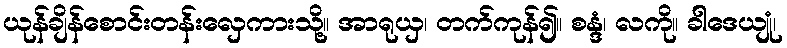
ယုန်ချိန်စောင်းတန်းလှေကားသို့။ အာရုယှ၊ တက်ကုန်၍။ စန္ဒံ၊ လကို။ ခါဒေယျုံ၊